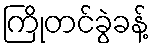
ကြိုတင်ခွဲခန့်